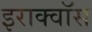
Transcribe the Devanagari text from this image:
इराक्वॉस